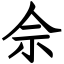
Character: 佘